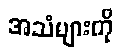
အသံများကို